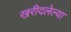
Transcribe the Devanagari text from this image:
खरीदलेल्या